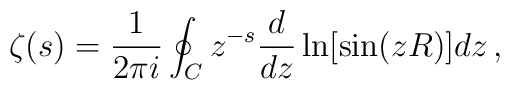
\zeta (s)=\frac{1}{2\pi i}\oint_Cz^{-s}\frac{d}{dz}\ln [\sin (zR)] dz\,{,}